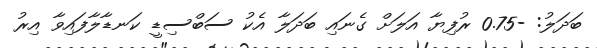
ބަދަލު: -0.75 ރުފިޔާ އަލަށް ގެނައި ބަދަލާ އެކު ސަބްސިޑީ ކަނޑާލާފައިވާ އިރު